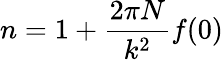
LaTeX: n=1+\frac{2\pi N}{k^{2}}f(0)